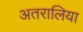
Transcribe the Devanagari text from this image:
अतरालिया